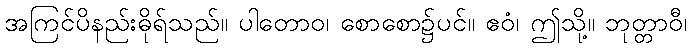
အကြင်ပိနည်းဓိုရ်သည်။ ပါတောဝ၊ စောစော၌ပင်။ ဧဝံ၊ ဤသို့။ ဘုတ္တာဝီ၊